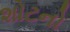
શોટનો